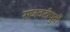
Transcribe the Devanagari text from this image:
राजवटीपुर्वी